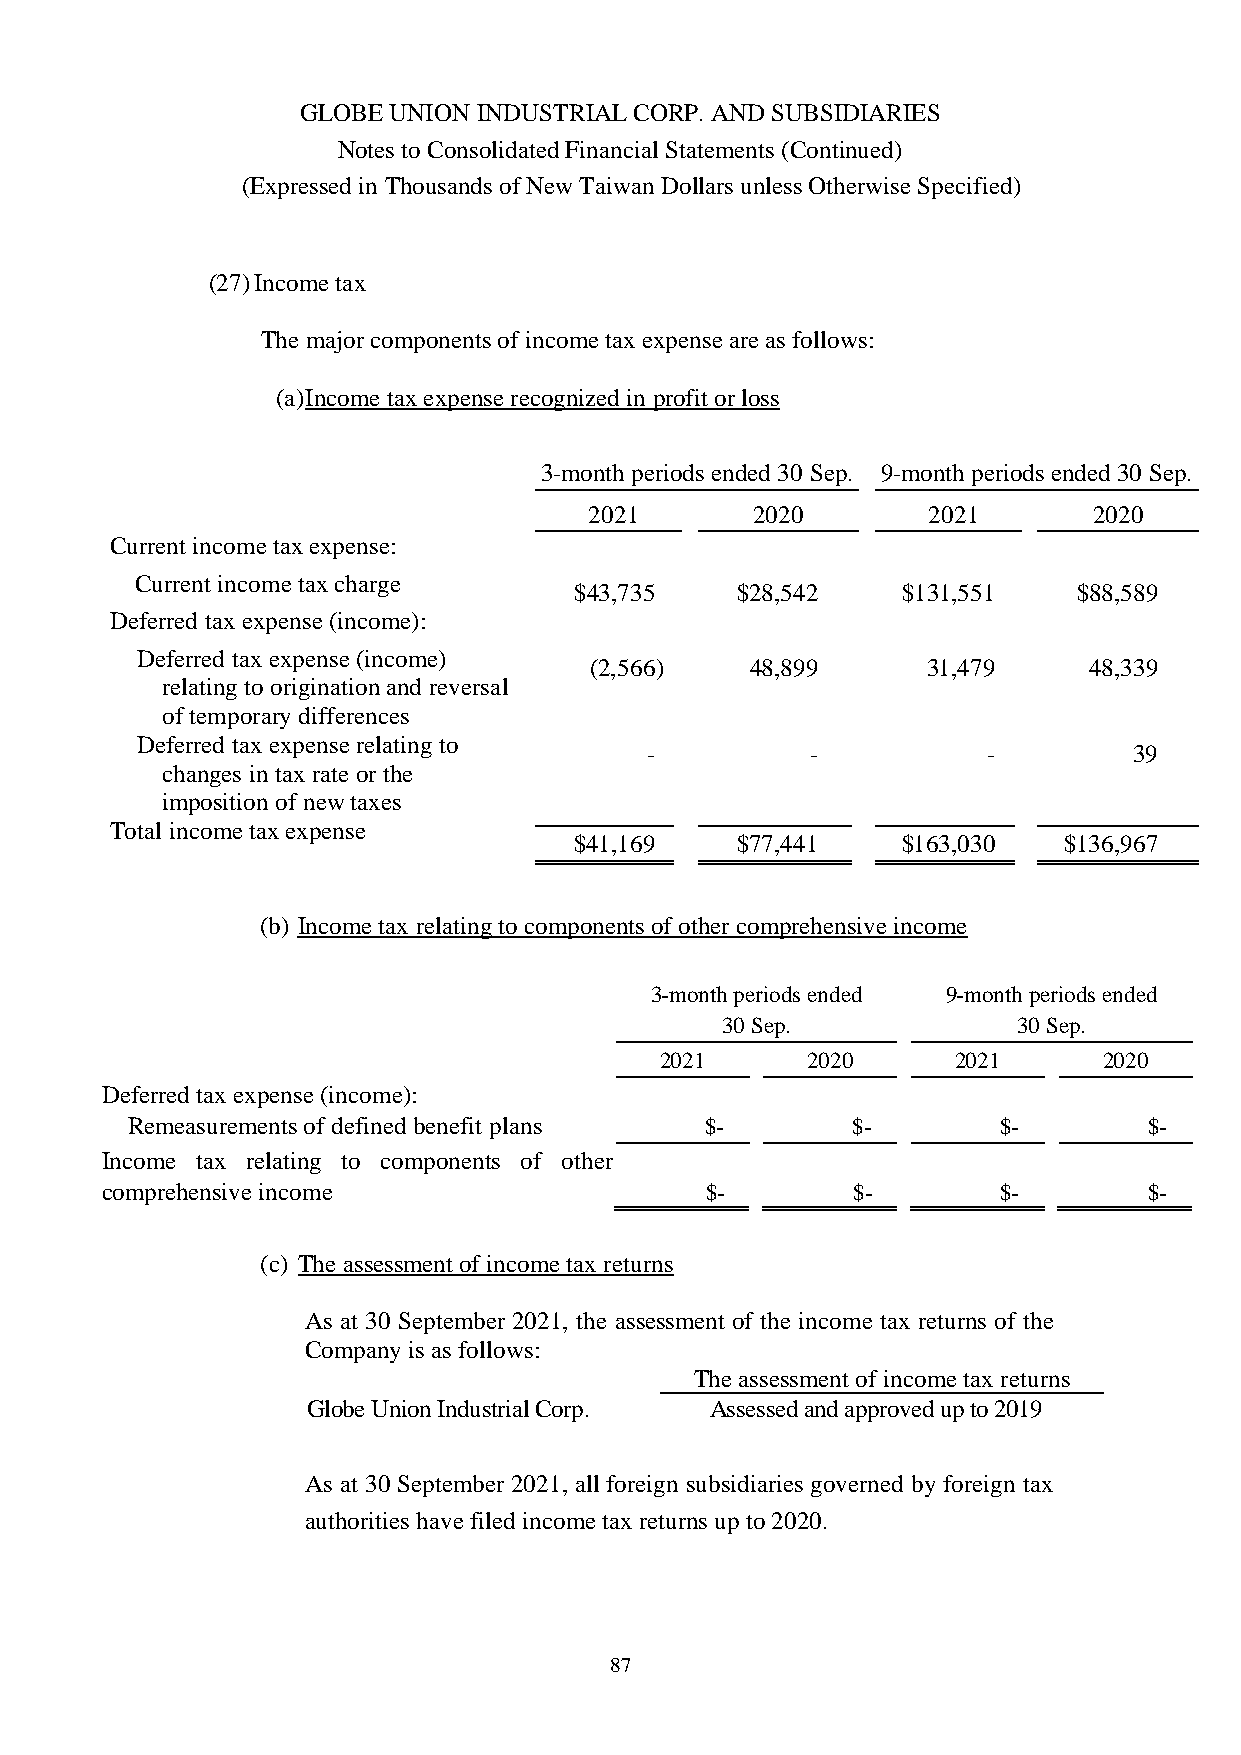
GLOBE UNION INDUSTRIAL CORP. AND SUBSIDIARIES
 Notes to Consolidated Financial Statements (Continued)
 (Expressed in Thousands of New Taiwan Dollars unless Otherwise Specified)
 (27)Income tax
 The major components of income tax expense are as follows:
 (a)Income tax expense recognized in profit or loss
 3-month periods ended 30 Sep. 9-month periods ended 30 Sep.
 2021       2020       2021       2020
 Current income tax expense:
 Current income tax charge
 $43,735    $28,542    $131,551   $88,589
 Deferred tax expense (income):
 Deferred tax expense (income)
 (2,566)    48,899     31,479     48,339
 relating to origination and reversal
 of temporary differences
 Deferred tax expense relating to
 -          -          -         39
 changes in tax rate or the
 imposition of new taxes
 Total income tax expense
 $41,169    $77,441    $163,030  $136,967
 (b) Income tax relating to components of other comprehensive income
 3-month periods ended 9-month periods ended
 30 Sep.            30 Sep.
 2021     2020      2021      2020
 Deferred tax expense (income):
 Remeasurements of defined benefit plans $-      $-        $-        $-
 Income tax relating to components of other
 comprehensive income                    $-       $-        $-        $-
 (c) The assessment of income tax returns
 As at 30 September 2021, the assessment of the income tax returns of the
 Company is as follows:
 The assessment of income tax returns
 Globe Union Industrial Corp. Assessed andapproved up to2019
 As at 30 September 2021, all foreign subsidiaries governed by foreign tax
 authorities have filed income tax returns up to 2020.
 87